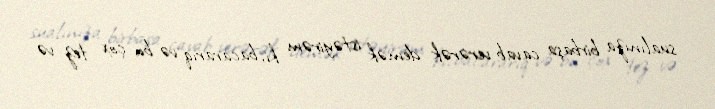
sualınıza birbaşa cavab verərək demək istəyirəm ki, bacararıq və bu çox tez və